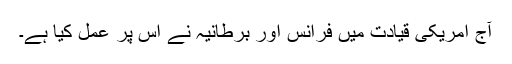
آج امریکی قیادت میں فرانس اور برطانیہ نے اس پر عمل کیا ہے۔